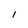
Character: I